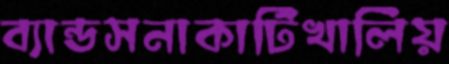
ব্যান্ডসনাকাটিখালিয়